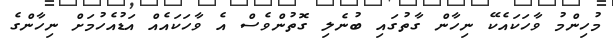
މުހިންމު ވާހަކައެކޭ ނިހާން ގާތުގައި ބުނެލި ގޮތުންވެސް އެ ވާހަކައެއް އަޑުއެހުމަށް ނިހާންގެ